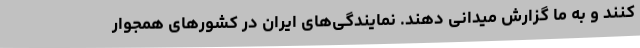
کنند و به ما گزارش میدانی دهند. نمایندگی‌های ایران در کشورهای همجوار